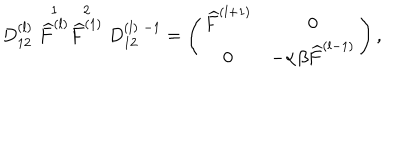
D _ { 1 2 } ^ { ( l ) } \stackrel { 1 } { \widehat { F } ^ { ( l ) } } \stackrel { 2 } { \widehat { F } ^ { ( 1 ) } } D _ { 1 2 } ^ { ( l ) \; - 1 } = \left( \begin{array} { c c } { { \widehat { F } ^ { ( l + 1 ) } } } & { { 0 } } \\ { { 0 } } & { { - \alpha \beta \widehat { F } ^ { ( l - 1 ) } } } \\ \end{array} \right) ,